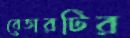
বেতারটির